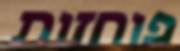
פוחזות